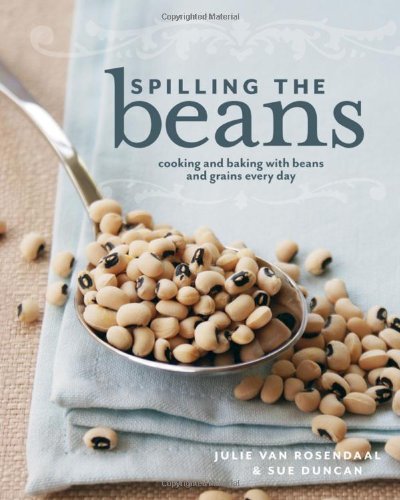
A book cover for Spilling the Beans: Cooking and Baking with Beans and Grains Everyday; Julie Van Rosendaal; Cookbooks, Food & Wine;